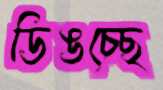
ডিঙচ্ছে